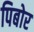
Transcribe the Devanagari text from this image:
पिबोर